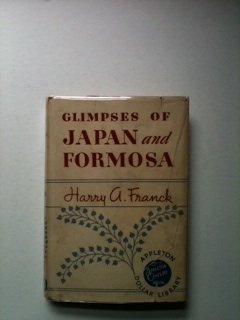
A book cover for Glimpses of Japan and Formosa; Harry Alverson Franck; Travel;